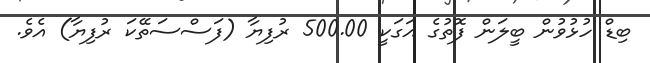
ބިޑް ހުޅުވުން ބީލަން ފޮތުގެ އަގަކީ 500.00 ރުފިޔާ (ފަސްސަތޭކަ ރުފިޔާ) އެވެ.